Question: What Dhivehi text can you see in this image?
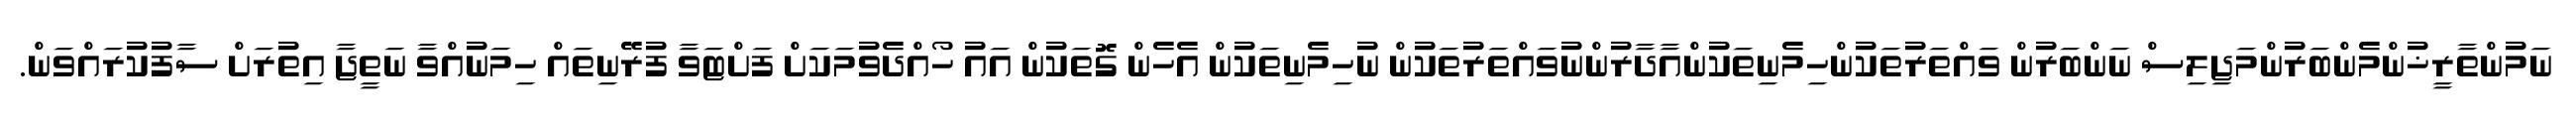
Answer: ނަމުންތާރީޚުންމެންބަރުންމަޖިލިސް ނަންބަރުން ވައްތަރުތަކުންހިމެނިތަކުންއާދާރުންނުވައްތަރުތަކުން ނުހިމެނިތަކުން އެހެން ގޮތަކުން އައު ހޯއްދެވުމަކަށް ފަށްޓަވާ ފުރޭނިތައް ހިމަނުއްވާ ނަތީޖާ އިތުރަށް ސާފުކުރައްވަން.